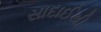
સાદાઈથી